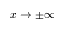
x \rightarrow \pm \infty